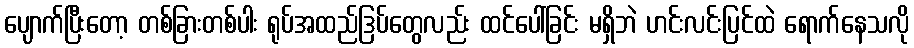
ပျောက်ပြီးတော့ တစ်ခြားတစ်ပါး ရုပ်အထည်ဒြပ်တွေလည်း ထင်ပေါ်ခြင်း မရှိဘဲ ဟင်းလင်းပြင်ထဲ ရောက်နေသလို